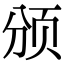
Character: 颁